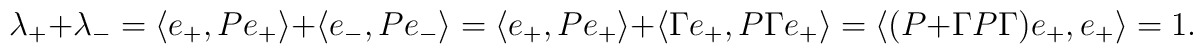
\lambda_++\lambda_-=\langle e_+,Pe_+\rangle +\langle e_-,Pe_-\rangle = \langle e_+, Pe_+ \rangle +\langle \Gamma e_+,P\Gamma e_+ \rangle =\langle (P+\Gamma P\Gamma) e_+,e_+ \rangle =1.